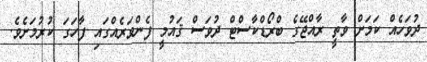
ދުވަހެއް ކަމަށް ވާތީ ރާއްޖޭގެ ބްރޯޑްކާސްޓް ދުވަސް ޤައުމީ ފެންވަރެއްގައި ފާހަގަ ކުރުމަށެވެ.